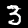
Digit: 3